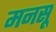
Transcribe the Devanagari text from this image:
मनसू